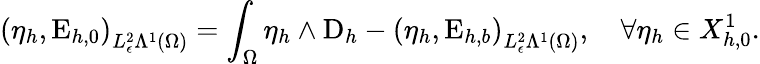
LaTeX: \left(\eta_{h},\mathrm{E}_{h,0}\right)_{L_{\epsilon}^{2}\Lambda^{1}(\Omega)}=\int_{\Omega}\eta_{h}\wedge\mathrm{D}_{h}-\left(\eta_{h},\mathrm{E}_{h,b}\right)_{L_{\epsilon}^{2}\Lambda^{1}(\Omega)},\quad\forall\eta_{h}\in X_{h,0}^{1}.